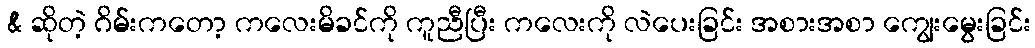
& ဆိုတဲ့ ဂိမ်းကတော့ ကလေးမိခင်ကို ကူညီပြီး ကလေးကို လဲပေးခြင်း အစားအစာ ကျွေးမွေးခြင်း